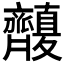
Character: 𪗑